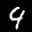
Label: 9